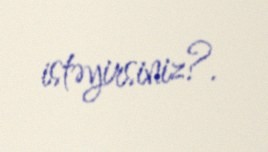
istəyirsiniz?.